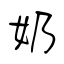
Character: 奶